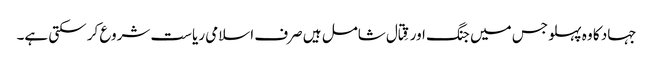
جہاد کا وہ پہلو جس میں جنگ اور قِتال شامل ہیں صرف اسلامی ریاست شروع کر سکتی ہے۔